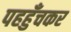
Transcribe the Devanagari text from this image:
पहहुँचकर